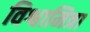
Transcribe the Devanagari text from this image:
विश्वामित्रा